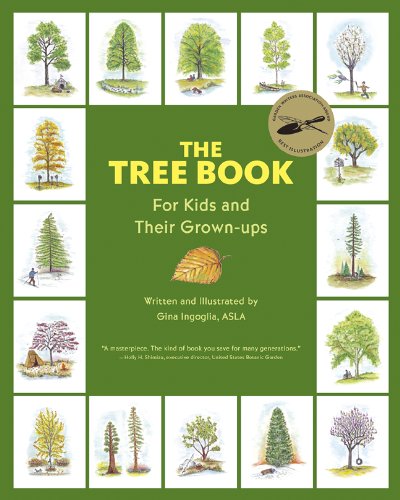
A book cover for The Tree Book for Kids and Their Grown-Ups; Gina Ingoglia; Science & Math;